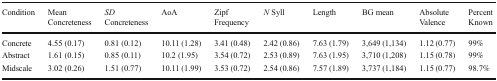
<table><thead><tr><td><b>Condition</b></td><td><b>Mean Concreteness</b></td><td><b><i>SD</i> Concreteness</b></td><td><b>AoA</b></td><td><b>Zipf Frequency</b></td><td><b><i>N</i> Syll</b></td><td><b>Length</b></td><td><b>BG mean</b></td><td><b>Absolute Valence</b></td><td><b>Percent Known</b></td></tr></thead><tbody><tr><td>Concrete</td><td>4.55 (0.17)</td><td>0.81 (0.12)</td><td>10.11 (1.28)</td><td>3.41 (0.48)</td><td>2.42 (0.86)</td><td>7.63 (1.79)</td><td>3,649 (1,134)</td><td>1.12 (0.77)</td><td>99%</td></tr><tr><td>Abstract</td><td>1.61 (0.15)</td><td>0.85 (0.11)</td><td>10.2 (1.95)</td><td>3.54 (0.72)</td><td>2.53 (0.89)</td><td>7.63 (1.95)</td><td>3,710 (1,208)</td><td>1.15 (0.78)</td><td>99%</td></tr><tr><td>Midscale</td><td>3.02 (0.26)</td><td>1.51 (0.77)</td><td>10.11 (1.99)</td><td>3.53 (0.72)</td><td>2.54 (0.86)</td><td>7.57 (1.89)</td><td>3,737 (1,184)</td><td>1.15 (0.77)</td><td>98.7%</td></tr></tbody></table>